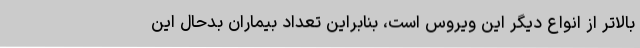
بالاتر از انواع دیگر این ویروس است، بنابراین تعداد بیماران بدحال این